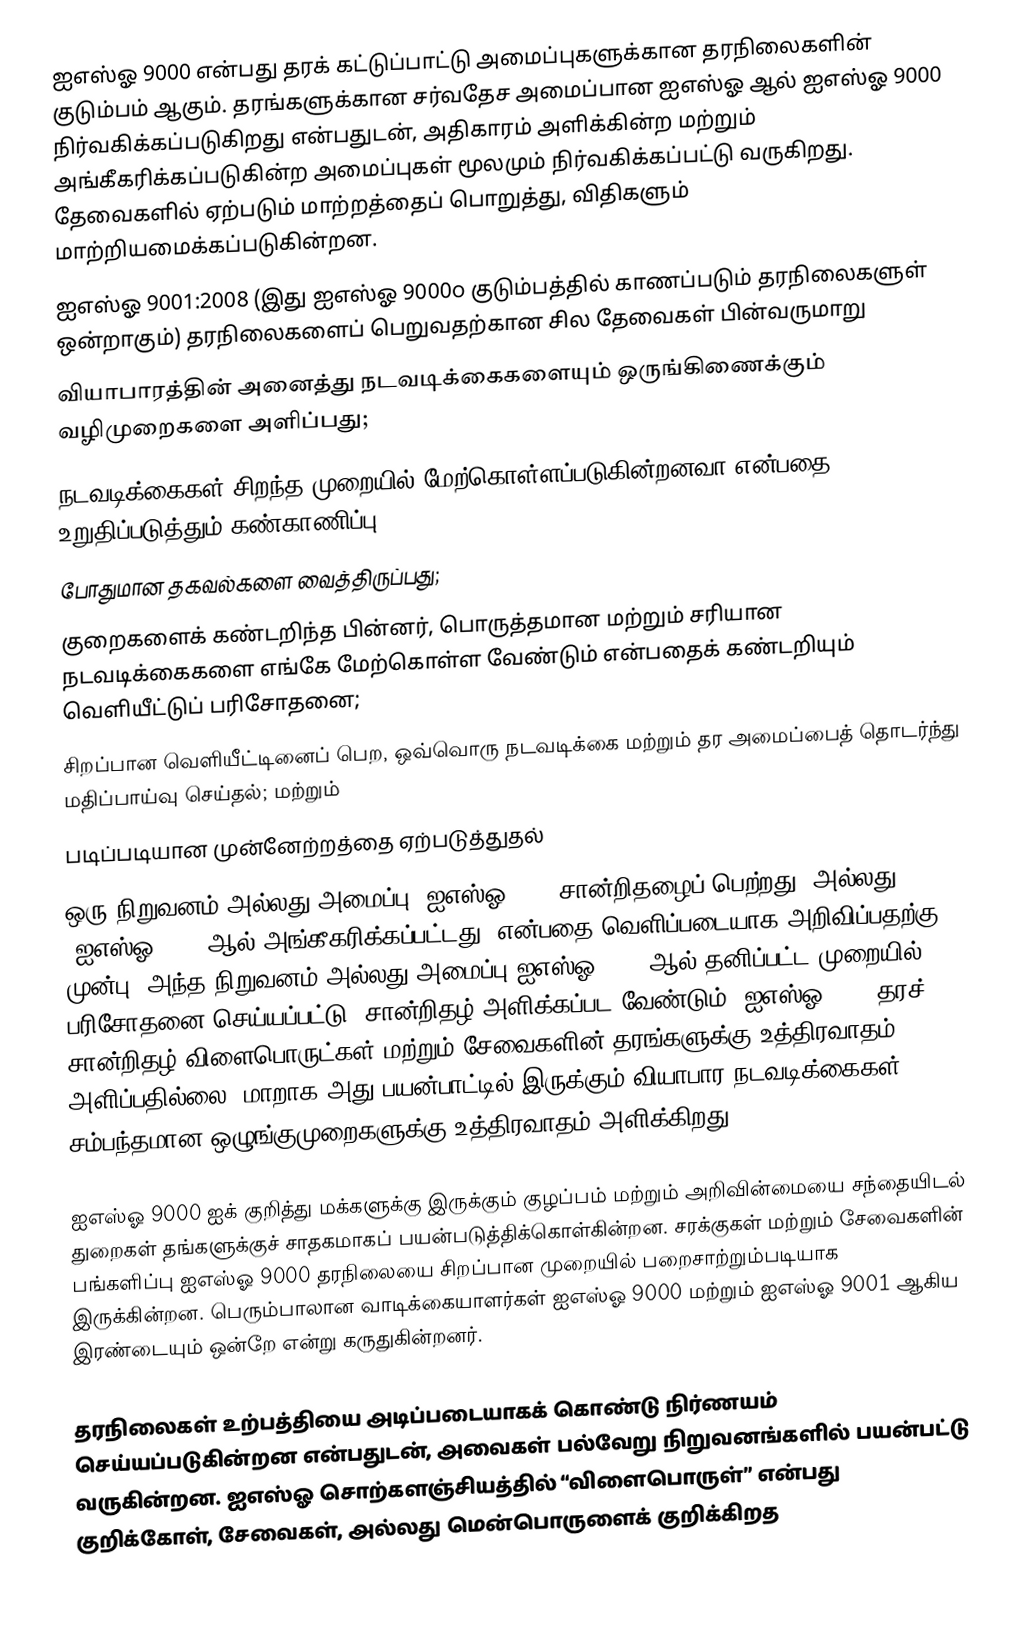
ஐஎஸ்ஓ 9000 என்பது தரக் கட்டுப்பாட்டு அமைப்புகளுக்கான தரநிலைகளின் குடும்பம் ஆகும். தரங்களுக்கான சர்வதேச அமைப்பான ஐஎஸ்ஓ ஆல் ஐஎஸ்ஓ 9000 நிர்வகிக்கப்படுகிறது என்பதுடன், அதிகாரம் அளிக்கின்ற மற்றும் அங்கீகரிக்கப்படுகின்ற அமைப்புகள் மூலமும் நிர்வகிக்கப்பட்டு வருகிறது. தேவைகளில் ஏற்படும் மாற்றத்தைப் பொறுத்து, விதிகளும் மாற்றியமைக்கப்படுகின்றன.
ஐஎஸ்ஓ 9001:2008 (இது ஐஎஸ்ஓ 9000௦ குடும்பத்தில் காணப்படும் தரநிலைகளுள் ஒன்றாகும்) தரநிலைகளைப் பெறுவதற்கான சில தேவைகள் பின்வருமாறு
 வியாபாரத்தின் அனைத்து நடவடிக்கைகளையும் ஒருங்கிணைக்கும் வழிமுறைகளை அளிப்பது;
 நடவடிக்கைகள் சிறந்த முறையில் மேற்கொள்ளப்படுகின்றனவா என்பதை உறுதிப்படுத்தும் கண்காணிப்பு;
 போதுமான தகவல்களை வைத்திருப்பது;
 குறைகளைக் கண்டறிந்த பின்னர், பொருத்தமான மற்றும் சரியான நடவடிக்கைகளை எங்கே மேற்கொள்ள வேண்டும் என்பதைக் கண்டறியும் வெளியீட்டுப் பரிசோதனை;
 சிறப்பான வெளியீட்டினைப் பெற, ஒவ்வொரு நடவடிக்கை மற்றும் தர அமைப்பைத் தொடர்ந்து மதிப்பாய்வு செய்தல்; மற்றும்
 படிப்படியான முன்னேற்றத்தை ஏற்படுத்துதல்
ஒரு நிறுவனம் அல்லது அமைப்பு “ஐஎஸ்ஓ 9001 சான்றிதழைப் பெற்றது” அல்லது “ஐஎஸ்ஓ 9001 ஆல் அங்கீகரிக்கப்பட்டது” என்பதை வெளிப்படையாக அறிவிப்பதற்கு முன்பு, அந்த நிறுவனம் அல்லது அமைப்பு ஐஎஸ்ஓ 9001 ஆல் தனிப்பட்ட முறையில் பரிசோதனை செய்யப்பட்டு, சான்றிதழ் அளிக்கப்பட வேண்டும். ஐஎஸ்ஓ 9001 தரச் சான்றிதழ் விளைபொருட்கள் மற்றும் சேவைகளின் தரங்களுக்கு உத்திரவாதம் அளிப்பதில்லை; மாறாக அது பயன்பாட்டில் இருக்கும் வியாபார நடவடிக்கைகள் சம்பந்தமான ஒழுங்குமுறைகளுக்கு உத்திரவாதம் அளிக்கிறது.

ஐஎஸ்ஓ 9000 ஐக் குறித்து மக்களுக்கு இருக்கும் குழப்பம் மற்றும் அறிவின்மையை சந்தையிடல் துறைகள் தங்களுக்குச் சாதகமாகப் பயன்படுத்திக்கொள்கின்றன. சரக்குகள் மற்றும் சேவைகளின் பங்களிப்பு ஐஎஸ்ஓ 9000 தரநிலையை சிறப்பான முறையில் பறைசாற்றும்படியாக இருக்கின்றன. பெரும்பாலான வாடிக்கையாளர்கள் ஐஎஸ்ஓ 9000 மற்றும் ஐஎஸ்ஓ 9001 ஆகிய இரண்டையும் ஒன்றே என்று கருதுகின்றனர்.

தரநிலைகள் உற்பத்தியை அடிப்படையாகக் கொண்டு நிர்ணயம் செய்யப்படுகின்றன என்பதுடன், அவைகள் பல்வேறு நிறுவனங்களில் பயன்பட்டு வருகின்றன. ஐஎஸ்ஓ சொற்களஞ்சியத்தில் “விளைபொருள்” என்பது குறிக்கோள், சேவைகள், அல்லது மென்பொருளைக் குறிக்கிறத